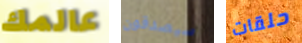
عالمك سيصدقون حلقات